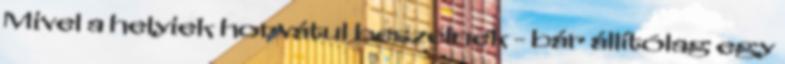
Mivel a helyiek horvátul beszélnek - bár állítólag egy